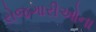
રોજગારીઓના